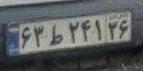
۶۳ط۲۴۱۳۶